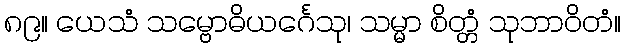
၈၉။ ယေသံ သမ္ဗောဓိယင်္ဂေသု၊ သမ္မာ စိတ္တံ သုဘာဝိတံ။